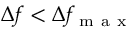
\Delta f < \Delta f _ { \mathrm { ~ m ~ a ~ x ~ } }